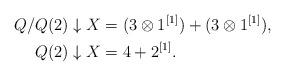
LaTeX: \begin{align*}Q/Q(2) \downarrow X &= (3 \otimes 1^{[1]}) + (3 \otimes 1^{[1]}),\\Q(2) \downarrow X &= 4 + 2^{[1]}.\end{align*}